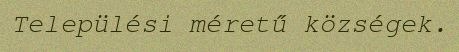
Települési méretű községek.